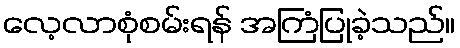
လေ့လာစုံစမ်းရန် အကြံပြုခဲ့သည်။